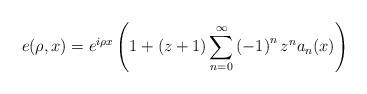
\begin{align*}e(\rho,x)=e^{i\rho x}\left( 1+\left( z+1\right) \sum_{n=0}^{\infty}\left(-1\right) ^{n}z^{n}a_{n}(x)\right) \end{align*}